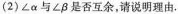
(2)∠α与∠β是否互余，请说明理由。